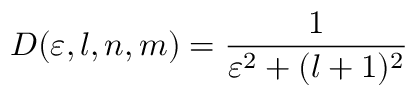
D ( \varepsilon , l , n , m ) = \frac { 1 } { \varepsilon ^ { 2 } + ( l + 1 ) ^ { 2 } } \nonumber